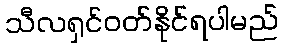
သီလရှင်ဝတ်နိုင်ရပါမည်